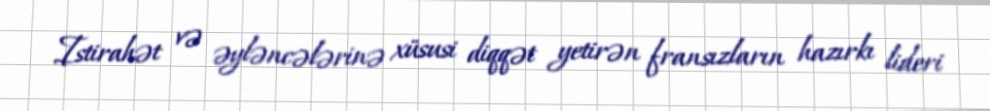
Istirahət və əyləncələrinə xüsusi diqqət yetirən fransızların hazırkı lideri